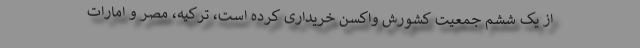
از یک ششم جمعیت کشورش واکسن خریداری کرده است، ترکیه، مصر و امارات